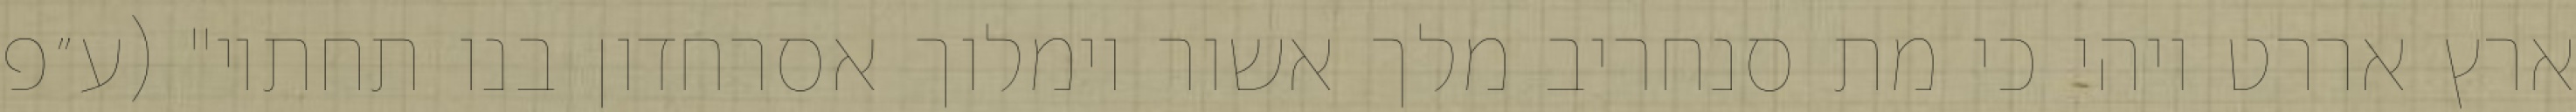
ארץ אררט ויהי כי מת סנחריב מלך אשור וימלוך אסרחדון בנו תחתיו" (ע״פ